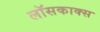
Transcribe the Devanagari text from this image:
लॉसकाक्स